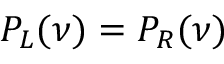
P _ { L } ( \nu ) = P _ { R } ( \nu )